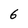
Character: 6